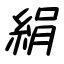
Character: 絹